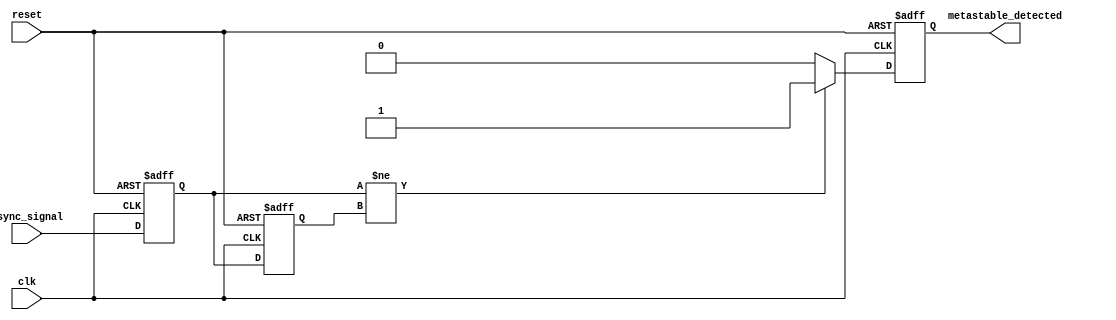
module MetastabilityDetector (
    input wire clk,               // Clock signal
    input wire reset,             // Reset signal
    input wire async_signal,      // Asynchronous input signal
    output reg metastable_detected // Output signal indicating metastability
);

    // Latches to sample the input signal
    reg latch1, latch2;
    reg [1:0] history; // Memory block to store the state of the latches

    // Metastability detection logic
    always @(posedge clk or posedge reset) begin
        if (reset) begin
            latch1 <= 1'b0;
            latch2 <= 1'b0;
            metastable_detected <= 1'b0;
            history <= 2'b00;
        end else begin
            // Sample the asynchronous signal
            latch1 <= async_signal; // Sample input signal
            latch2 <= latch1;       // Sample the first latch output

            // Store the history of latch states
            history <= {latch2, latch1};

            // Detect metastability
            if (latch1 != latch2) begin
                metastable_detected <= 1'b1; // Metastable condition detected
            end else begin
                metastable_detected <= 1'b0; // No metastability
            end
        end
    end

endmodule